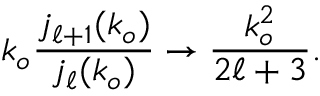
k _ { o } \frac { j _ { \ell + 1 } ( k _ { o } ) } { j _ { \ell } ( k _ { o } ) } \rightarrow \frac { k _ { o } ^ { 2 } } { 2 \ell + 3 } .